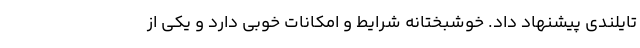
تایلندی پیشنهاد داد. خوشبختانه شرایط و امکانات خوبی دارد و یکی از